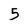
Character: 5